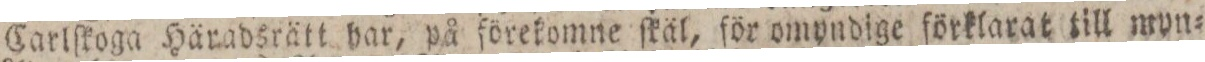
Carlſkoga Häradsrätt har, på förekomne ſkäl, för omyndige förklarat till myn=